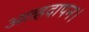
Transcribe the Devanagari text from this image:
अलहदापन।